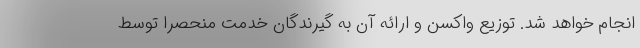
انجام خواهد شد. توزیع واکسن و ارائه آن به گیرندگان خدمت منحصرا توسط